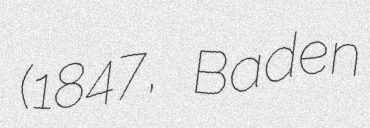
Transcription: (1847, Baden